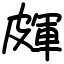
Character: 皹